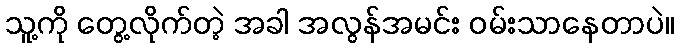
သူ့ကို တွေ့လိုက်တဲ့ အခါ အလွန်အမင်း ဝမ်းသာနေတာပဲ။